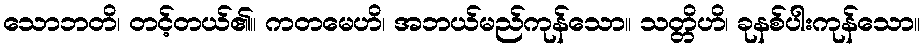
သောဘတိ၊ တင့်တယ်၏။ ကတမေဟိ၊ အဘယ်မည်ကုန်သော။ သတ္တိဟိ၊ ခုနစ်ပါးကုန်သော။